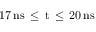
1 7 \, \mathrm { { n s } \, \leq \, t \, \leq \, 2 0 \, \mathrm { { n s } } }